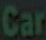
Car